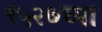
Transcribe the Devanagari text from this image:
१५२७च्या